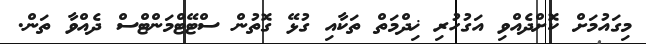
މިގައުމަށް ކޮށްދެއްވި އަގުހުރި ޚިދްމަތް ތަކާއި ގުޅޭ ގޮތުން ސްޓޭޓްމަންޓްސް ދެއްވާ ތަން.